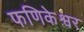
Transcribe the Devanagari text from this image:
फणिकेश्वर